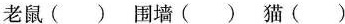
老鼠（） 围墙（） 猫（）